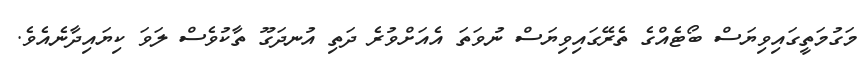
މަގުމަތީގައިވިޔަސް ބޯޓެއްގެ ތެރޭގައިވިޔަސް ނުވަތަ އެއަށްވުރެ ދަތި އުނދަގޫ ތާކުވެސް ލަވަ ކިޔައިދާނެއެވެ.